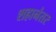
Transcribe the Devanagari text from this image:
शहानंतर